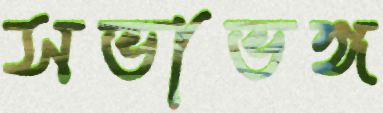
সভাভঙ্গ